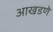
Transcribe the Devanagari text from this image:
आखडणे